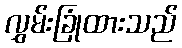
လွှမ်းခြုံထားသည်